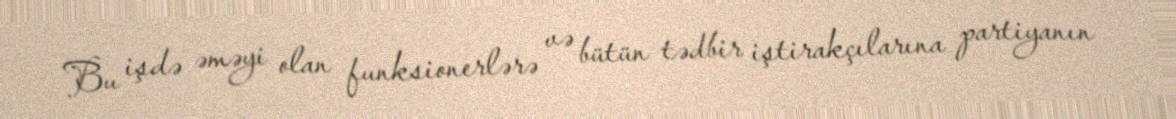
Bu işdə əməyi olan funksionerlərə və bütün tədbir iştirakçılarına partiyanın